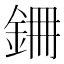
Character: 𮡱